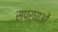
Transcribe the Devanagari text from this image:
स्पर्घाओं